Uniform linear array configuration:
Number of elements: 24
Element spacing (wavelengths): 0.5
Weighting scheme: exponential
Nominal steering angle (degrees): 60
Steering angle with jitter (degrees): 60.143
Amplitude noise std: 0.05
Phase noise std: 0.05

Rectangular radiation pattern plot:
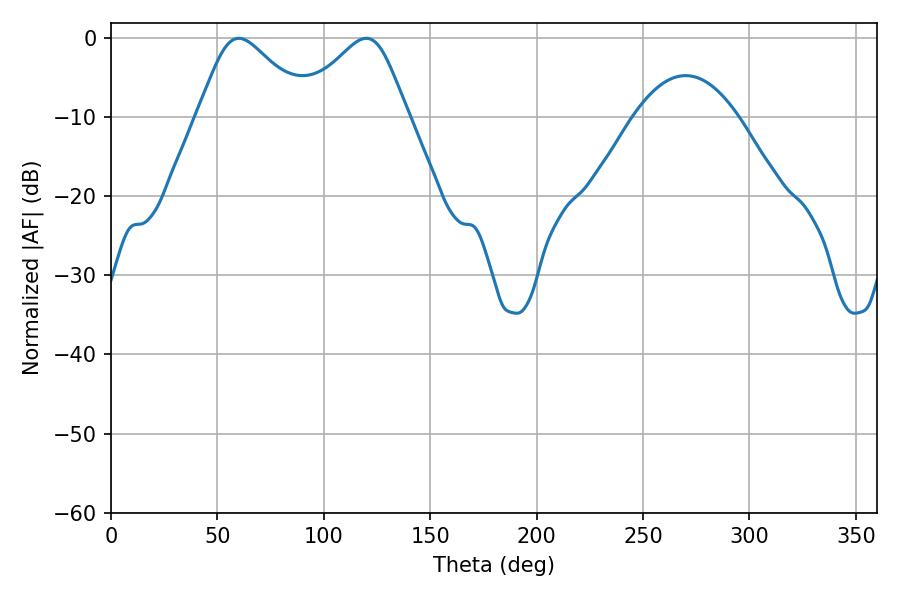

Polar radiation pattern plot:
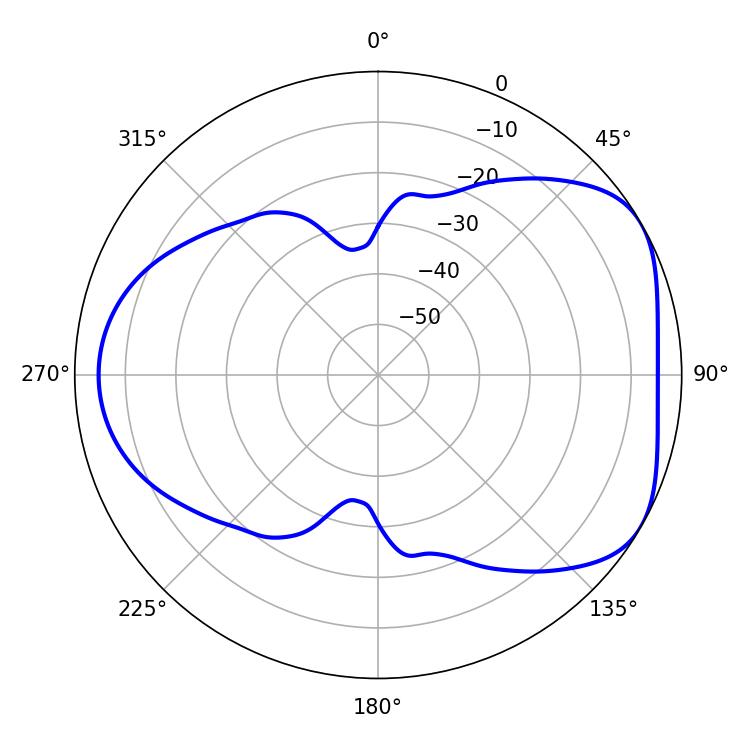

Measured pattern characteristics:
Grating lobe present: FALSE
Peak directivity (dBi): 4.802
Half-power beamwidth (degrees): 25.56
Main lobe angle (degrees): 60.12